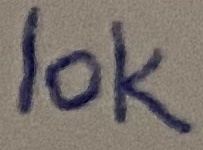
Text: 10K